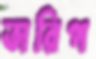
তারিপ